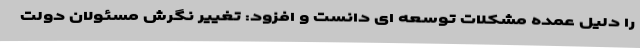
را دلیل عمده مشکلات توسعه ای دانست و افزود: تغییر نگرش مسئولان دولت